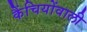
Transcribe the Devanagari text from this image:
कैंचियोंवाली